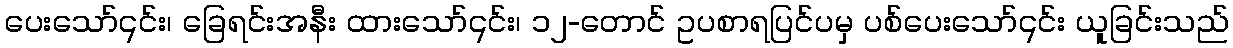
ပေးသော်၎င်း၊ ခြေရင်းအနီး ထားသော်၎င်း၊ ၁၂-တောင် ဥပစာရပြင်ပမှ ပစ်ပေးသော်၎င်း ယူခြင်းသည်